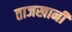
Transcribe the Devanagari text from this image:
ताजखानी